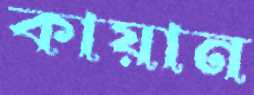
কায়ান